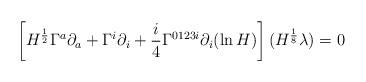
LaTeX: \begin{align*}\left[ H^{\frac{1}{2}}\Gamma^a\partial_a+\Gamma^i\partial_i +\frac{i}{4}\Gamma^{0123i}\partial_i(\ln H)\right](H^{\frac{1}{8}}\lambda)=0\end{align*}